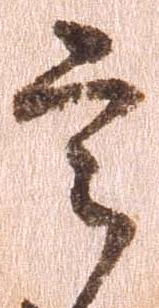
言